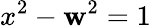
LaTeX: x^{2}-\mathbf{w}^{2}=1